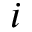
i